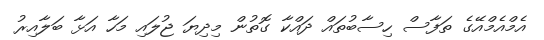
އެމްއެމްއޭގެ ތަފާސް ހިސާބުތައް ދައްކާ ގޮތުން މިދިޔަ ޖުލައި މަހާ އަޅާ ބަލާއިރު